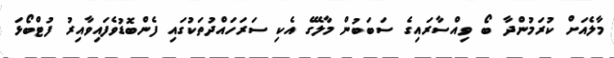
މާލެއަށް ކުރަމުންދާ ބޯ ވިއްސާރައިގެ ސަބަބުން މާލޭގެ އެކި ސަރަހައްދުތަކުގައި ފެންބޮޑުވެފައިވާއިރު ފުޓްބޯޅަ